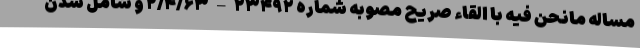
مساله مانحن فیه با القاء صریح مصوبه شماره ۲۳۴۹۲ – ۲/۴/۶۳ و شامل شدن